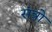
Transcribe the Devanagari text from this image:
संत्रो